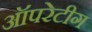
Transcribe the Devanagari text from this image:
ऑपरेटीग